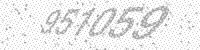
Solution: 951059